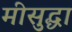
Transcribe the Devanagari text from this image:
मीसुद्धा